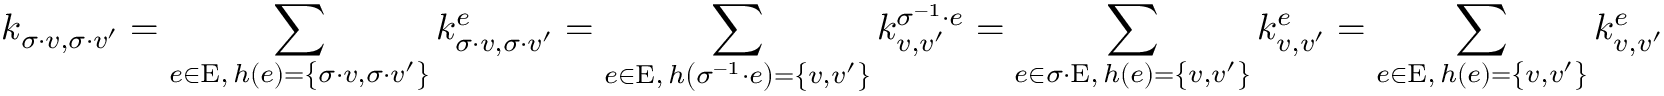
k _ { \sigma \cdot v , \sigma \cdot v ^ { \prime } } = \sum _ { \substack { e \in \mathrm { E } , \, h \left( e \right) = \left\{ \sigma \cdot v , \sigma \cdot v ^ { \prime } \right\} } } k _ { \sigma \cdot v , \sigma \cdot v ^ { \prime } } ^ { e } = \sum _ { \substack { e \in \mathrm { E } , \, h \left( \sigma ^ { - 1 } \cdot e \right) = \left\{ v , v ^ { \prime } \right\} } } k _ { v , v ^ { \prime } } ^ { \sigma ^ { - 1 } \cdot e } = \sum _ { \substack { e \in \sigma \cdot \mathrm { E } , \, h \left( e \right) = \left\{ v , v ^ { \prime } \right\} } } k _ { v , v ^ { \prime } } ^ { e } = \sum _ { \substack { e \in \mathrm { E } , \, h \left( e \right) = \left\{ v , v ^ { \prime } \right\} } } k _ { v , v ^ { \prime } } ^ { e }